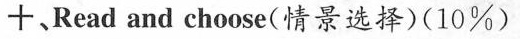
十、Read and choose(情景选择)(10%)